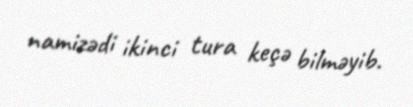
namizədi ikinci tura keçə bilməyib.